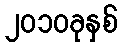
၂၀၁၀ခုနှစ်